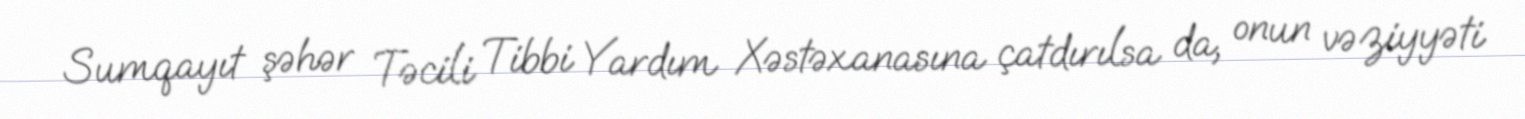
Sumqayıt şəhər Təcili Tibbi Yardım Xəstəxanasına çatdırılsa da, onun vəziyyəti